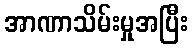
အာဏာသိမ်းမှုအပြီး